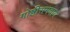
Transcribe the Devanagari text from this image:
गोष्ठीसमवाय